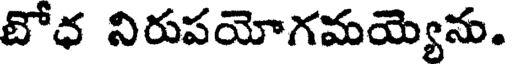
టోధ నిరుపయోగమయ్యెను.